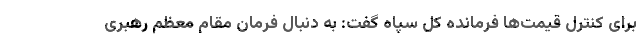
برای کنترل قیمت‌ها فرمانده کل سپاه گفت: به دنبال فرمان مقام معظم رهبری